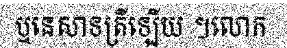
ឬនេសាទត្រីឡើយ ។លោក